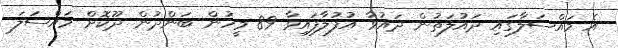
އެ މައްސަލާގައި ދައުލަތުން ދައުވާ އުފުލާފައިވާ 89 މީހުން ބަންދުން ދޫކޮށް މައްސަލަ